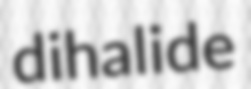
dihalide